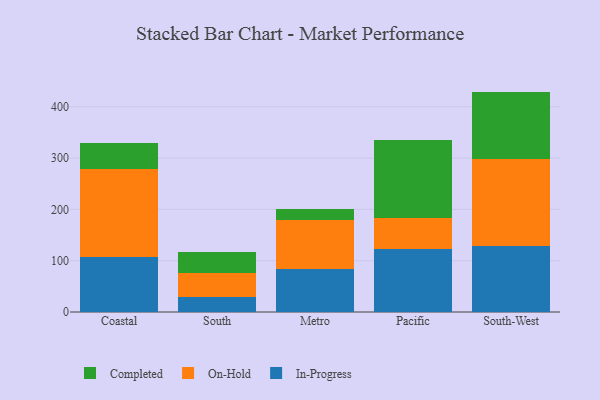
{"axis": {"x": "Region", "y": "Budget (USD K)"}, "legend": ["Completed", "In-Progress", "On-Hold"], "data": [{"x": "Coastal", "y": 107.6, "type": "In-Progress"}, {"x": "Coastal", "y": 170.4, "type": "On-Hold"}, {"x": "Coastal", "y": 51.4, "type": "Completed"}, {"x": "South", "y": 29.5, "type": "In-Progress"}, {"x": "South", "y": 47.0, "type": "On-Hold"}, {"x": "South", "y": 40.6, "type": "Completed"}, {"x": "Metro", "y": 84.7, "type": "In-Progress"}, {"x": "Metro", "y": 95.6, "type": "On-Hold"}, {"x": "Metro", "y": 20.5, "type": "Completed"}, {"x": "Pacific", "y": 123.6, "type": "In-Progress"}, {"x": "Pacific", "y": 60.2, "type": "On-Hold"}, {"x": "Pacific", "y": 152.4, "type": "Completed"}, {"x": "South-West", "y": 128.5, "type": "In-Progress"}, {"x": "South-West", "y": 170.5, "type": "On-Hold"}, {"x": "South-West", "y": 130.7, "type": "Completed"}]}